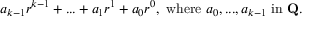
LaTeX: a _ { k - 1 } r ^ { k - 1 } + . . . + a _ { 1 } r ^ { 1 } + a _ { 0 } r ^ { 0 } , { \mathrm { ~ w h e r e ~ } } a _ { 0 } , . . . , a _ { k - 1 } { \mathrm { ~ i n ~ } } \mathbf { Q } .